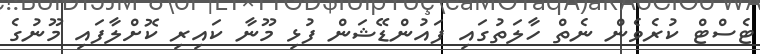
ޓެސްޓް ކުރެވެން ނެތް ހާލަތުގައި ފައުންޑޭޝަން ފުޅި މޫނާ ކައިރި ކޮށްލާފައި މޫނުގެ